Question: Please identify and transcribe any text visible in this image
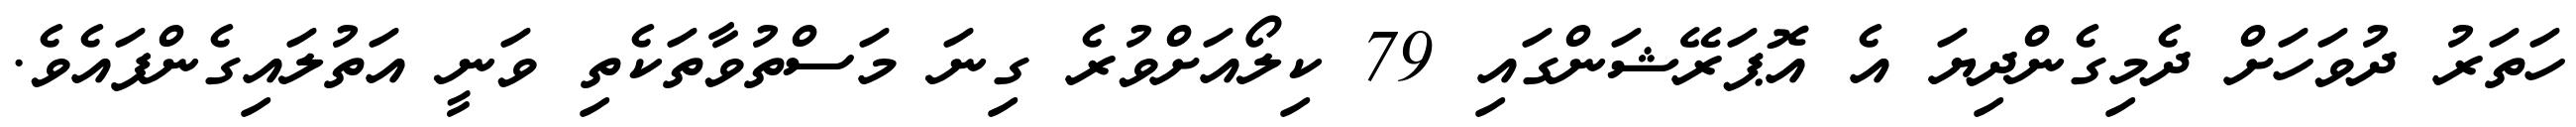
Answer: ހަތަރު ދުވަހަށް ދެމިގެންދިޔަ އެ އޮޕަރޭޝަންގައި 79 ކިލޯއަށްވުރެ ގިނަ މަސްތުވާތަކެތި ވަނީ އަތުލައިގެންފައެވެ.